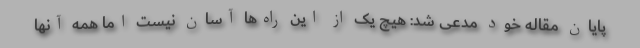
پایان مقاله خود مدعی شد: هیچ یک از این راه‌ها آسان نیست اما همه آنها